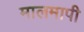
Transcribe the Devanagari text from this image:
मालमापी